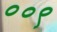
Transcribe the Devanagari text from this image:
००९